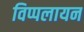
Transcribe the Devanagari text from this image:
विप्पलायन